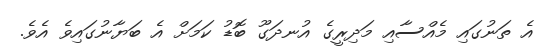
އެ ތަނުގައި މެއްސާއި މަދިރީގެ އުނދަގޫ ބޮޑު ކަމަށް އެ ބަޔާނުގައިވެ އެވެ.